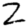
Digit: 2